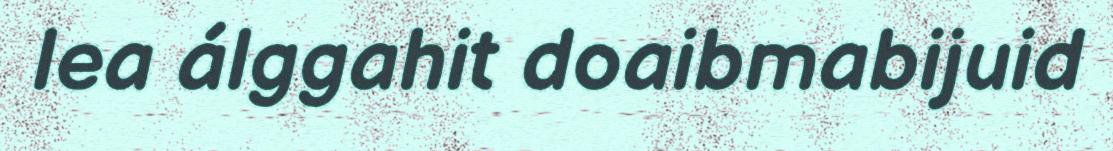
lea álggahit doaibmabijuid